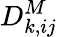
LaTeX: D_{k,ij}^{M}